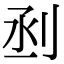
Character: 𠜉